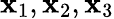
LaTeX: \mathbf{x}_{1},\mathbf{x}_{2},\mathbf{x}_{3}